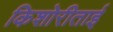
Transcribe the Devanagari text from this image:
किशोरीताई